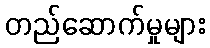
တည်ဆောက်မှုများ